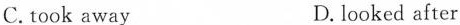
C.took away D. looked after